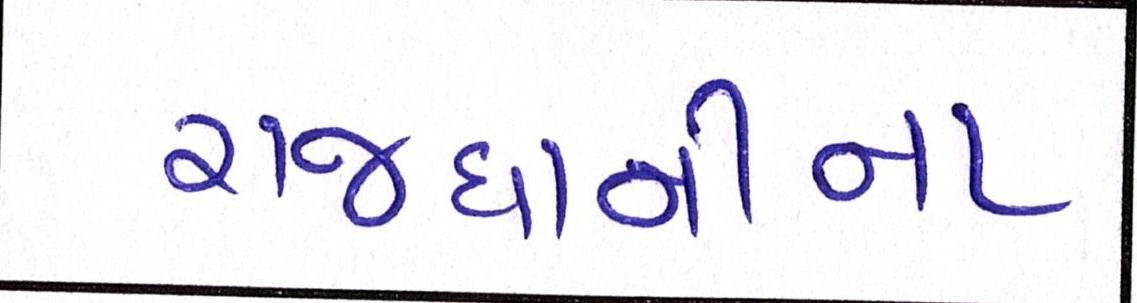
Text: રાજધાનીના